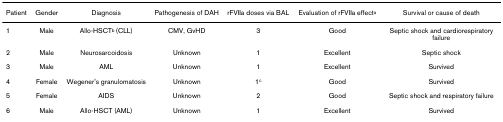
| Patient | Gender | Diagnosis | Pathogenesis of DAH | rFVIIa doses via BAL | Evaluation of rFVIIa effecta | Survival or cause of death |
 | --- | --- | --- | --- | --- | --- | --- |
 | 1 | Male | Allo-HSCTb (CLL) | CMV, GvHD | 3 | Good | Septic shock and cardiorespiratory failure |
 | 2 | Male | Neurosarcoidosis | Unknown | 1 | Excellent | Septic shock |
 | 3 | Male | AML | Unknown | 1 | Excellent | Survived |
 | 4 | Female | Wegener's granulomatosis | Unknown | 1c | Good | Survived |
 | 5 | Female | AIDS | Unknown | 2 | Good | Septic shock and respiratory failure |
 | 6 | Male | Allo-HSCT (AML) | Unknown | 1 | Excellent | Survived |